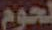
لحوم